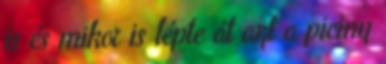
is és mikor is lépte át azt a piciny